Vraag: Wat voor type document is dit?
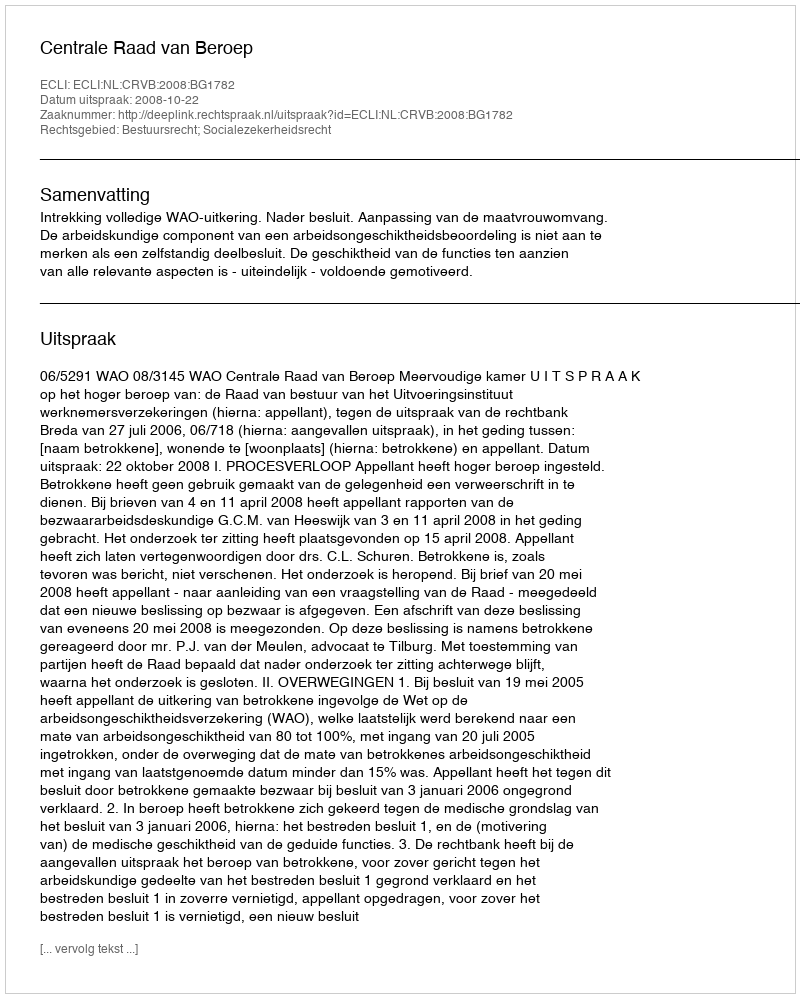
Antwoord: Uitspraak